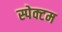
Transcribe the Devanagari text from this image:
स्पेक्टम